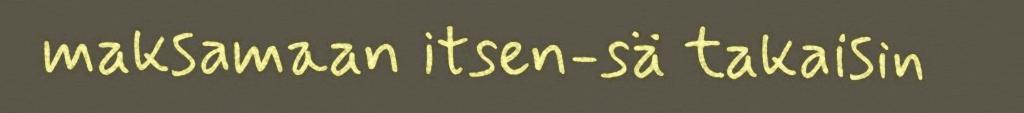
maksamaan itsen-sä takaisin